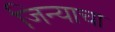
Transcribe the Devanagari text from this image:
जिन्याचा